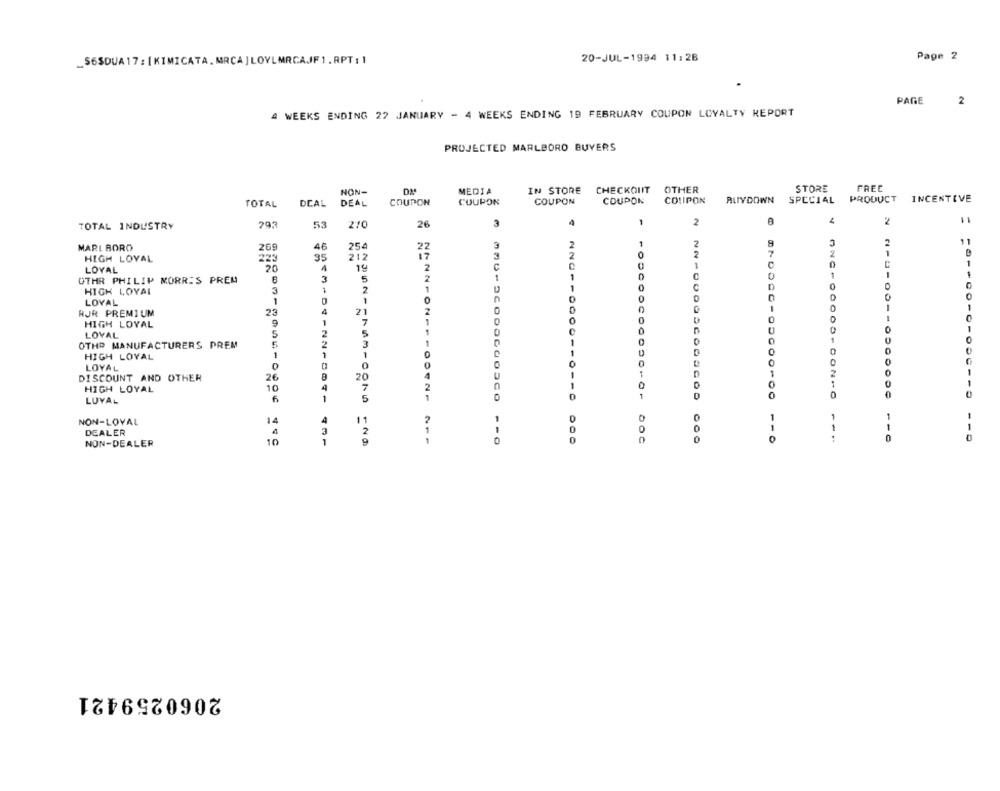
_56SDUA17: [KIMICATA. MRCA ] LOYLMRCAJF 1 . RPT: 1
20-JUL-1994 11:28
Page
PAGE
2
4 WEEKS ENDING 27 JANUARY - 4 WEEKS ENDING 19 FEBRUARY COUPON LOYALTY REPORT
PROJECTED MARLBORO BUYERS
NON-
MEDIA
IN STORE CHECKOUT
OTHER
STORE
FREE
ALIYDOWN SPECIAL PRODUCT INCENTIVE
TOTAL
DEAL
DEAL
COUPON
COUPON
COUPON
COUPON
COUPON
4
2
4
2
TOTAL INDUSTRY
793
53
270
26
3
269
254
3
1
2
2
11
MARL BORO
46
22
0
7
2
HIGH LOYAL
225
35
212
1
LOYAL
20
4
2
C
1
3
5
1
C
0
1
1
OTHR PHILIP MORRIS PREM
0
0
C
HIGH LOYAL
3
2
1
1
0
C
LOVAL
1
0
0
0
1
0
1
RJR PREMIUM
23
4
21
2
HIGH LOYAL
9
7
1
0
0
0
1
0
1
LOVAL
5
2
0
1
OTHR MANUFACTURERS PREM
5
2
1
HIGH LOYAL
1
1
O
0
0
G
LOYAL
1
2
1
DISCOUNT AND OTHER
2€
20
HIGH LOYAL
10
4
2
1
1
1
0
0
CON-C
0
LUYAL
6
1
5
14
11
1
1
NON-LOVAL
4
1
1
1
DEALER
3
NON-DEALER
10
1
JAN- - NAM-GOND -NO
1
0
0
0
2060259421